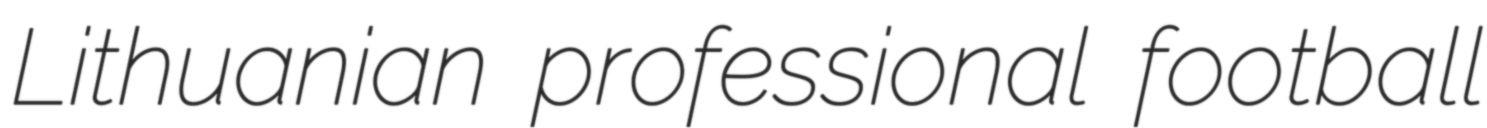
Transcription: Lithuanian professional football